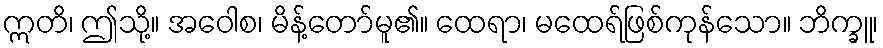
ဣတိ၊ ဤသို့။ အဝေါစ၊ မိန့်တော်မူ၏။ ထေရာ၊ မထေရ်ဖြစ်ကုန်သော။ ဘိက္ခူ၊